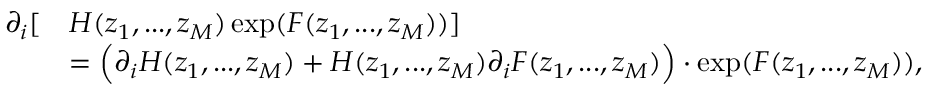
\begin{array} { r l } { \partial _ { i } [ } & { H ( z _ { 1 } , . . . , z _ { M } ) \exp ( F ( z _ { 1 } , . . . , z _ { M } ) ) ] } \\ & { = \Big ( \partial _ { i } H ( z _ { 1 } , . . . , z _ { M } ) + H ( z _ { 1 } , . . . , z _ { M } ) \partial _ { i } F ( z _ { 1 } , . . . , z _ { M } ) \Big ) \cdot \exp ( F ( z _ { 1 } , . . . , z _ { M } ) ) , } \end{array}